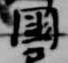
国